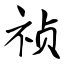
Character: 祯